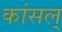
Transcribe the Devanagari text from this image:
कांसल्